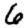
Digit: 6